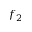
f _ { 2 }